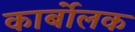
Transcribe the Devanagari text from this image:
कार्बोलक